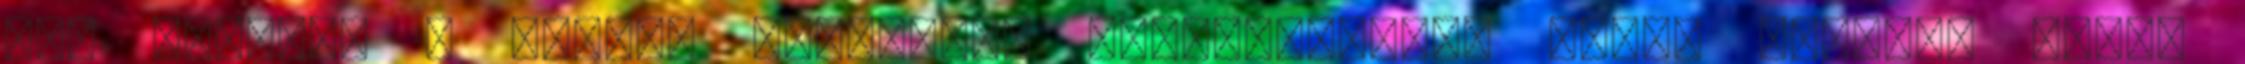
fel egészen a füléig mosolyát, megcsillantva ezzel sárgás, néhol